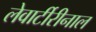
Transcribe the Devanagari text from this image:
लेवार्टीरीनाल